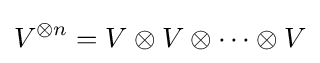
V^{\otimes n}=V\otimes V\otimes \cdots \otimes V